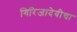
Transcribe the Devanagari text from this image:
गिरिजादेवीचा